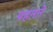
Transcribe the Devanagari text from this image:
पहऩऩे